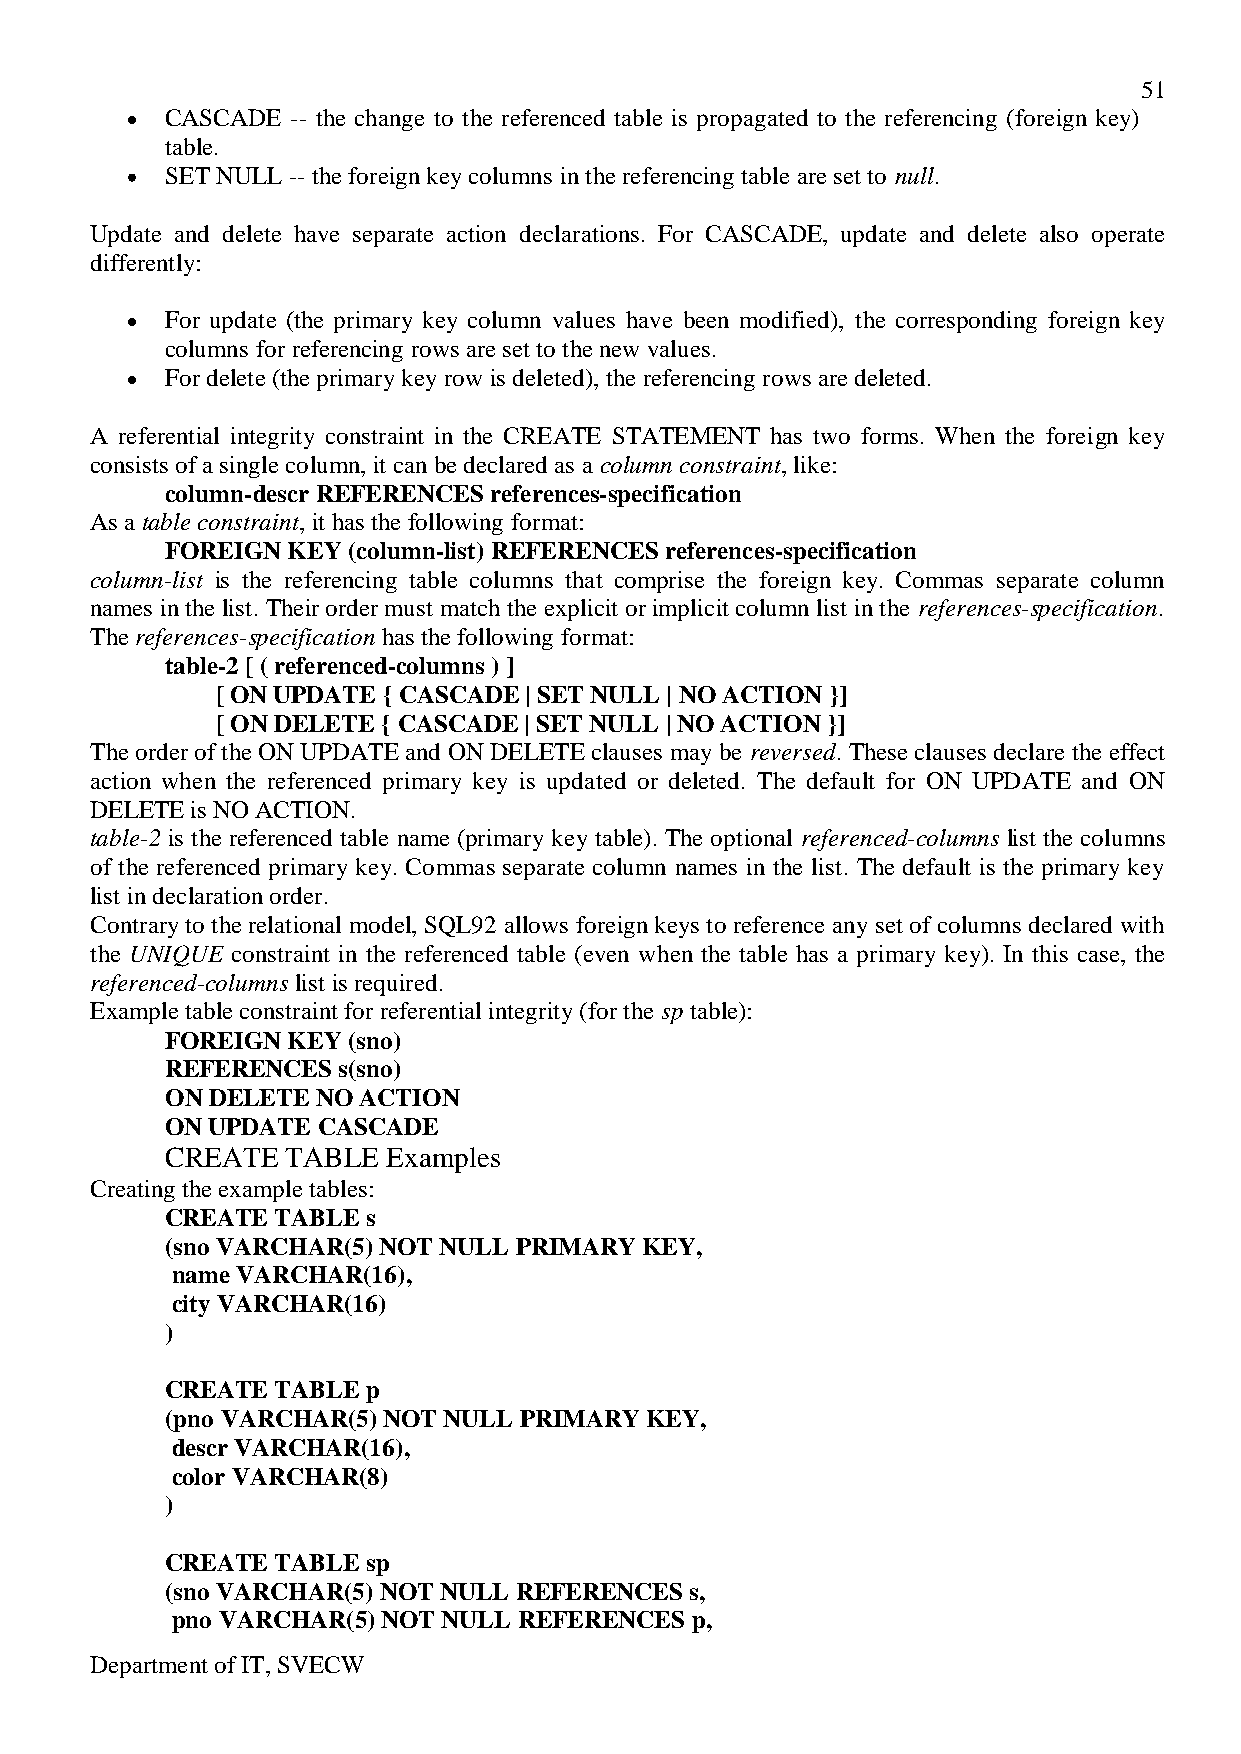
51
 CASCADE -- the change to the referenced table is propagated to the referencing (foreign key)
 table.
 SET NULL -- the foreign key columns in the referencing table are set to null.
 Update and delete have separate action declarations. For CASCADE, update and delete also operate
 differently:
 For update (the primary key column values have been modified), the corresponding foreign key
 columns for referencing rows are set to the new values.
 For delete (the primary key row is deleted), the referencing rows are deleted.
 A referential integrity constraint in the CREATE STATEMENT has two forms. When the foreign key
 consists of a single column, it can be declared as a column constraint, like:
 column-descr REFERENCES references-specification
 As a table constraint, it has the following format:
 FOREIGN KEY (column-list) REFERENCES references-specification
 column-list is the referencing table columns that comprise the foreign key. Commas separate column
 names in the list. Their order must match the explicit or implicit column list in the references-specification.
 The references-specification has the following format:
 table-2 [ ( referenced-columns ) ]
 [ ON UPDATE { CASCADE | SET NULL | NO ACTION }]
 [ ON DELETE { CASCADE | SET NULL | NO ACTION }]
 The order of the ON UPDATE and ON DELETE clauses may be reversed. These clauses declare the effect
 action when the referenced primary key is updated or deleted. The default for ON UPDATE and ON
 DELETE is NO ACTION.
 table-2 is the referenced table name (primary key table). The optional referenced-columns list the columns
 of the referenced primary key. Commas separate column names in the list. The default is the primary key
 list in declaration order.
 Contrary to the relational model, SQL92 allows foreign keys to reference any set of columns declared with
 the UNIQUE constraint in the referenced table (even when the table has a primary key). In this case, the
 referenced-columns list is required.
 Example table constraint for referential integrity (for the sp table):
 FOREIGN KEY (sno)
 REFERENCES s(sno)
 ON DELETE NO ACTION
 ON UPDATE CASCADE
 CREATE  TABLE  Examples
 Creating the example tables:
 CREATE TABLE s
 (sno VARCHAR(5) NOT NULL PRIMARY KEY,
 name VARCHAR(16),
 city VARCHAR(16)
 )
 CREATE TABLE p
 (pno VARCHAR(5) NOT NULL PRIMARY KEY,
 descr VARCHAR(16),
 color VARCHAR(8)
 )
 CREATE TABLE sp
 (sno VARCHAR(5) NOT NULL REFERENCES s,
 pno VARCHAR(5) NOT NULL REFERENCES p,
 Department of IT, SVECW